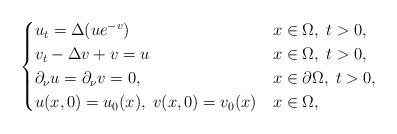
LaTeX: \begin{align*}\begin{cases}u_t=\Delta (ue^{-v})&x\in\Omega,\;t>0,\\v_t-\Delta v+v=u&x\in\Omega,\;t>0,\\\partial_\nu u=\partial_\nu v=0,&x\in\partial\Omega,\;t>0,\\u(x,0)=u_0(x),\;v(x,0)=v_0(x)& x\in\Omega,\end{cases}\end{align*}